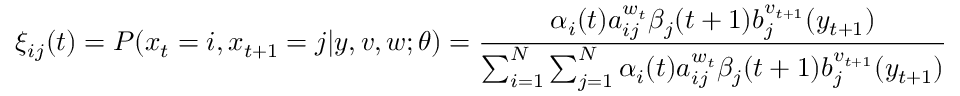
\xi _ { i j } ( t ) = P ( x _ { t } = i , x _ { t + 1 } = j | y , v , w ; \theta ) = { \frac { \alpha _ { i } ( t ) a _ { i j } ^ { w _ { t } } \beta _ { j } ( t + 1 ) b _ { j } ^ { v _ { t + 1 } } ( y _ { t + 1 } ) } { \sum _ { i = 1 } ^ { N } \sum _ { j = 1 } ^ { N } \alpha _ { i } ( t ) a _ { i j } ^ { w _ { t } } \beta _ { j } ( t + 1 ) b _ { j } ^ { v _ { t + 1 } } ( y _ { t + 1 } ) } }